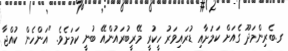
ގ.ބެރިންމަދޫ ގެއަށް ކަމަށާއި ޑުރައިވަރު ހީކުރީ މޭރީބުރައުންއޭ ބުނީ ކަމަށެވެ. "އަންހެން ކުއްޖާ